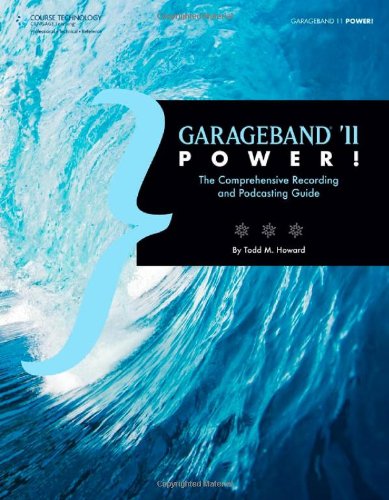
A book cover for GarageBand '11 Power!: The Comprehensive Recording and Podcasting Guide; Todd M Howard; Computers & Technology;